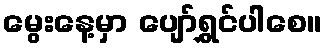
မွေးနေ့မှာ ပျော်ရွှင်ပါစေ။